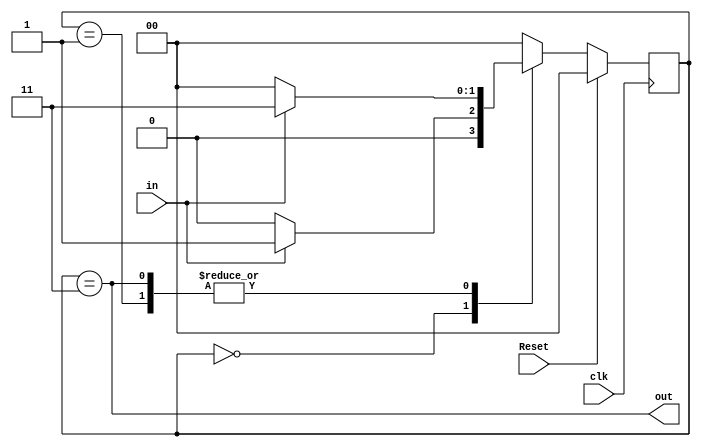
module Ones_Detect_Moore (
    input clk, Reset, in,
    output reg out
);
    reg [1:0] current_state, next_state;
    // Declaration of States.
    localparam S0 = 2'b00, S1 = 2'b01, S2 = 2'b11;

    // Next State Calculation
    always @(in, current_state) begin
        // Combinational Logic (BLocking Assignments)
        case(current_state)
            S0: if(in) next_state = S1;
                else next_state = S0;

            S1: if(in) next_state = S2;
                else next_state = S0;

            S2: if(in) next_state = S2;
                else next_state = S0;

            default: next_state = S0;
        endcase 
    end

    // Current State Calculation
    always @(posedge clk) begin
        // Sequential Logic (Non-BLocking Assignments)
        // Resetting if available
        if(Reset)
            current_state <= S0; 
        // Assigning the next_state to be current_state
        else
            current_state <= next_state;
    end

    // Output Calculation
    assign out = (current_state == S2);
endmodule